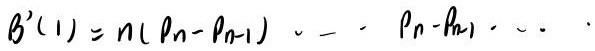
$B'(1)=n(p_n - p_{n - 1})\cdots p_{n - k_1}\cdots$